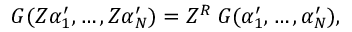
{ \cal { G } } ( Z \alpha _ { 1 } ^ { \prime } , \ldots , Z \alpha _ { N } ^ { \prime } ) = Z ^ { R } \; { \cal { G } } ( \alpha _ { 1 } ^ { \prime } , \ldots , \alpha _ { N } ^ { \prime } ) ,